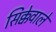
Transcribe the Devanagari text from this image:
सिक्केवाले